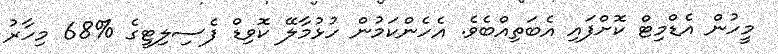
މީހުން އެޑްމިޓް ކޮށްފައި އެބަތިއްބެވެ. އެހެންކަމުން ހުޅުމާލޭ ކޮވިޑް ފެސިލިޓީގެ %68 މިހާރު